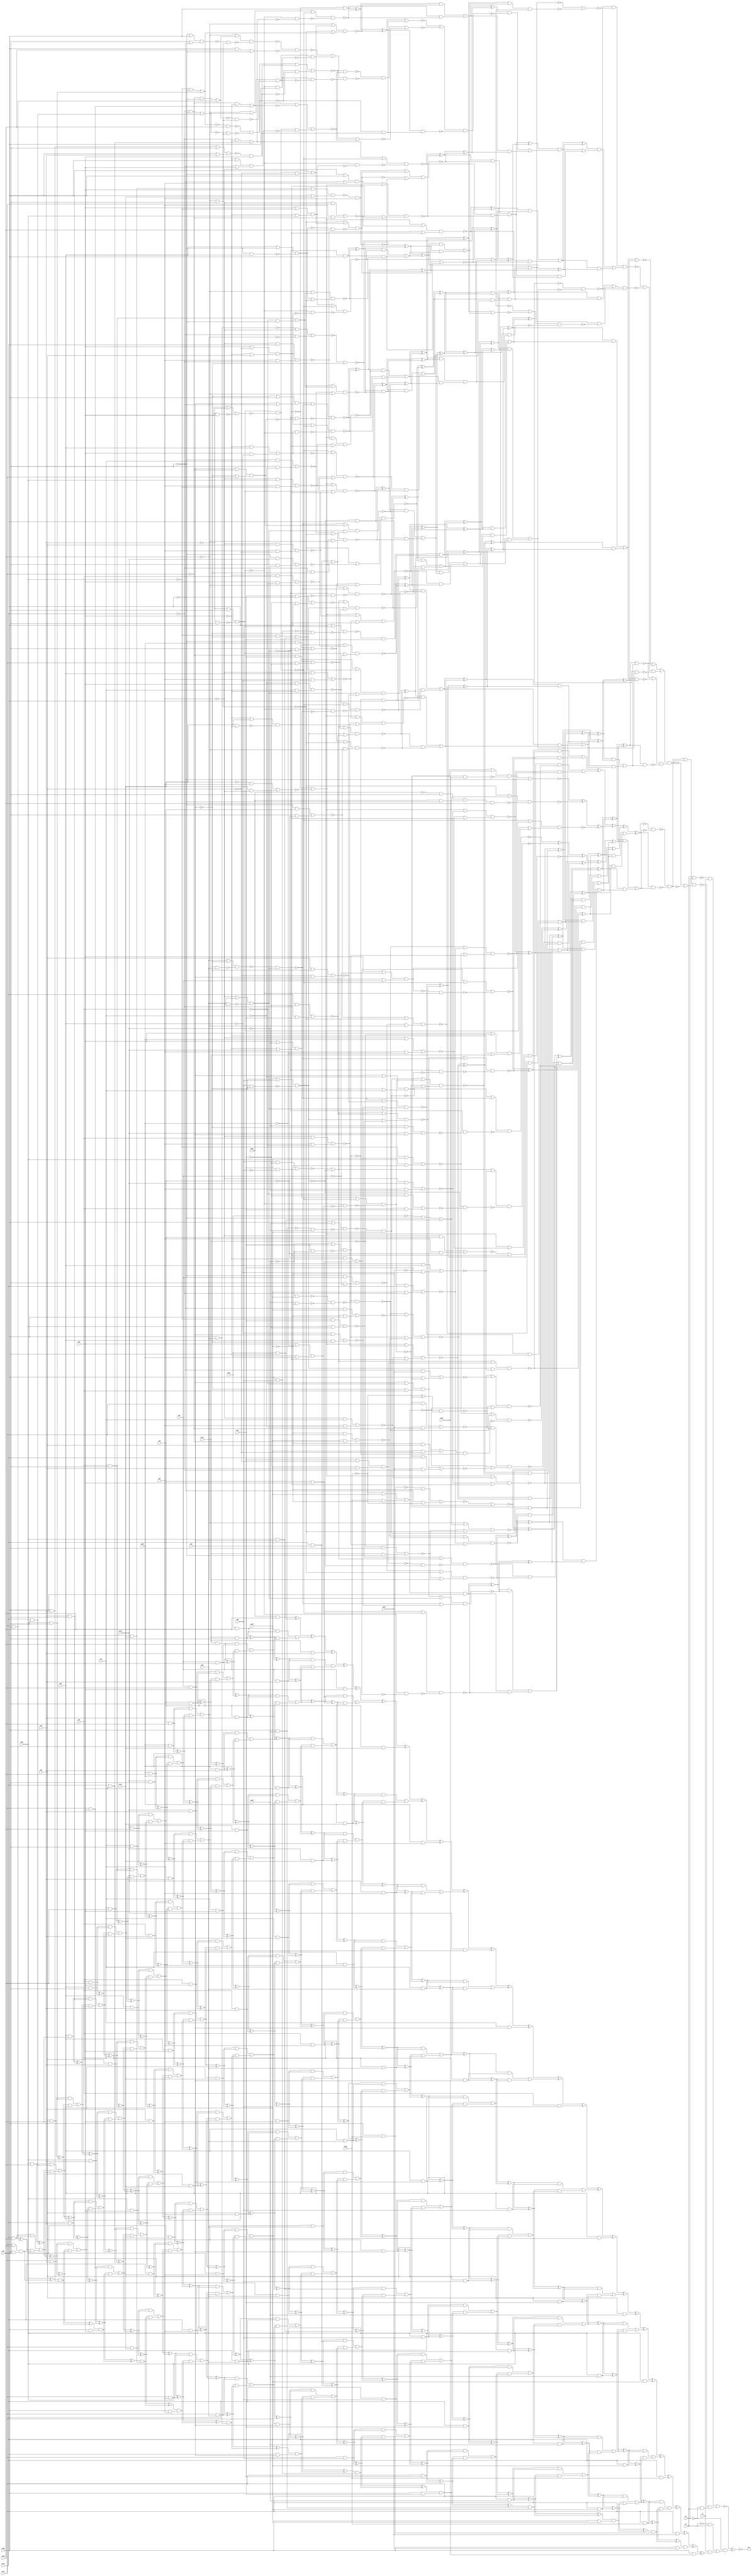
module top (out,n3,n4,n5,n26,n28,n35,n36,n45,n52
        ,n54,n60,n66,n72,n80,n82,n92,n98,n111,n119
        ,n125,n136,n140,n145,n152,n160,n164,n168,n173,n183
        ,n189,n194,n202,n212);
output out;
input n3;
input n4;
input n5;
input n26;
input n28;
input n35;
input n36;
input n45;
input n52;
input n54;
input n60;
input n66;
input n72;
input n80;
input n82;
input n92;
input n98;
input n111;
input n119;
input n125;
input n136;
input n140;
input n145;
input n152;
input n160;
input n164;
input n168;
input n173;
input n183;
input n189;
input n194;
input n202;
input n212;
wire n0;
wire n1;
wire n2;
wire n6;
wire n7;
wire n8;
wire n9;
wire n10;
wire n11;
wire n12;
wire n13;
wire n14;
wire n15;
wire n16;
wire n17;
wire n18;
wire n19;
wire n20;
wire n21;
wire n22;
wire n23;
wire n24;
wire n25;
wire n27;
wire n29;
wire n30;
wire n31;
wire n32;
wire n33;
wire n34;
wire n37;
wire n38;
wire n39;
wire n40;
wire n41;
wire n42;
wire n43;
wire n44;
wire n46;
wire n47;
wire n48;
wire n49;
wire n50;
wire n51;
wire n53;
wire n55;
wire n56;
wire n57;
wire n58;
wire n59;
wire n61;
wire n62;
wire n63;
wire n64;
wire n65;
wire n67;
wire n68;
wire n69;
wire n70;
wire n71;
wire n73;
wire n74;
wire n75;
wire n76;
wire n77;
wire n78;
wire n79;
wire n81;
wire n83;
wire n84;
wire n85;
wire n86;
wire n87;
wire n88;
wire n89;
wire n90;
wire n91;
wire n93;
wire n94;
wire n95;
wire n96;
wire n97;
wire n99;
wire n100;
wire n101;
wire n102;
wire n103;
wire n104;
wire n105;
wire n106;
wire n107;
wire n108;
wire n109;
wire n110;
wire n112;
wire n113;
wire n114;
wire n115;
wire n116;
wire n117;
wire n118;
wire n120;
wire n121;
wire n122;
wire n123;
wire n124;
wire n126;
wire n127;
wire n128;
wire n129;
wire n130;
wire n131;
wire n132;
wire n133;
wire n134;
wire n135;
wire n137;
wire n138;
wire n139;
wire n141;
wire n142;
wire n143;
wire n144;
wire n146;
wire n147;
wire n148;
wire n149;
wire n150;
wire n151;
wire n153;
wire n154;
wire n155;
wire n156;
wire n157;
wire n158;
wire n159;
wire n161;
wire n162;
wire n163;
wire n165;
wire n166;
wire n167;
wire n169;
wire n170;
wire n171;
wire n172;
wire n174;
wire n175;
wire n176;
wire n177;
wire n178;
wire n179;
wire n180;
wire n181;
wire n182;
wire n184;
wire n185;
wire n186;
wire n187;
wire n188;
wire n190;
wire n191;
wire n192;
wire n193;
wire n195;
wire n196;
wire n197;
wire n198;
wire n199;
wire n200;
wire n201;
wire n203;
wire n204;
wire n205;
wire n206;
wire n207;
wire n208;
wire n209;
wire n210;
wire n211;
wire n213;
wire n214;
wire n215;
wire n216;
wire n217;
wire n218;
wire n219;
wire n220;
wire n221;
wire n222;
wire n223;
wire n224;
wire n225;
wire n226;
wire n227;
wire n228;
wire n229;
wire n230;
wire n231;
wire n232;
wire n233;
wire n234;
wire n235;
wire n236;
wire n237;
wire n238;
wire n239;
wire n240;
wire n241;
wire n242;
wire n243;
wire n244;
wire n245;
wire n246;
wire n247;
wire n248;
wire n249;
wire n250;
wire n251;
wire n252;
wire n253;
wire n254;
wire n255;
wire n256;
wire n257;
wire n258;
wire n259;
wire n260;
wire n261;
wire n262;
wire n263;
wire n264;
wire n265;
wire n266;
wire n267;
wire n268;
wire n269;
wire n270;
wire n271;
wire n272;
wire n273;
wire n274;
wire n275;
wire n276;
wire n277;
wire n278;
wire n279;
wire n280;
wire n281;
wire n282;
wire n283;
wire n284;
wire n285;
wire n286;
wire n287;
wire n288;
wire n289;
wire n290;
wire n291;
wire n292;
wire n293;
wire n294;
wire n295;
wire n296;
wire n297;
wire n298;
wire n299;
wire n300;
wire n301;
wire n302;
wire n303;
wire n304;
wire n305;
wire n306;
wire n307;
wire n308;
wire n309;
wire n310;
wire n311;
wire n312;
wire n313;
wire n314;
wire n315;
wire n316;
wire n317;
wire n318;
wire n319;
wire n320;
wire n321;
wire n322;
wire n323;
wire n324;
wire n325;
wire n326;
wire n327;
wire n328;
wire n329;
wire n330;
wire n331;
wire n332;
wire n333;
wire n334;
wire n335;
wire n336;
wire n337;
wire n338;
wire n339;
wire n340;
wire n341;
wire n342;
wire n343;
wire n344;
wire n345;
wire n346;
wire n347;
wire n348;
wire n349;
wire n350;
wire n351;
wire n352;
wire n353;
wire n354;
wire n355;
wire n356;
wire n357;
wire n358;
wire n359;
wire n360;
wire n361;
wire n362;
wire n363;
wire n364;
wire n365;
wire n366;
wire n367;
wire n368;
wire n369;
wire n370;
wire n371;
wire n372;
wire n373;
wire n374;
wire n375;
wire n376;
wire n377;
wire n378;
wire n379;
wire n380;
wire n381;
wire n382;
wire n383;
wire n384;
wire n385;
wire n386;
wire n387;
wire n388;
wire n389;
wire n390;
wire n391;
wire n392;
wire n393;
wire n394;
wire n395;
wire n396;
wire n397;
wire n398;
wire n399;
wire n400;
wire n401;
wire n402;
wire n403;
wire n404;
wire n405;
wire n406;
wire n407;
wire n408;
wire n409;
wire n410;
wire n411;
wire n412;
wire n413;
wire n414;
wire n415;
wire n416;
wire n417;
wire n418;
wire n419;
wire n420;
wire n421;
wire n422;
wire n423;
wire n424;
wire n425;
wire n426;
wire n427;
wire n428;
wire n429;
wire n430;
wire n431;
wire n432;
wire n433;
wire n434;
wire n435;
wire n436;
wire n437;
wire n438;
wire n439;
wire n440;
wire n441;
wire n442;
wire n443;
wire n444;
wire n445;
wire n446;
wire n447;
wire n448;
wire n449;
wire n450;
wire n451;
wire n452;
wire n453;
wire n454;
wire n455;
wire n456;
wire n457;
wire n458;
wire n459;
wire n460;
wire n461;
wire n462;
wire n463;
wire n464;
wire n465;
wire n466;
wire n467;
wire n468;
wire n469;
wire n470;
wire n471;
wire n472;
wire n473;
wire n474;
wire n475;
wire n476;
wire n477;
wire n478;
wire n479;
wire n480;
wire n481;
wire n482;
wire n483;
wire n484;
wire n485;
wire n486;
wire n487;
wire n488;
wire n489;
wire n490;
wire n491;
wire n492;
wire n493;
wire n494;
wire n495;
wire n496;
wire n497;
wire n498;
wire n499;
wire n500;
wire n501;
wire n502;
wire n503;
wire n504;
wire n505;
wire n506;
wire n507;
wire n508;
wire n509;
wire n510;
wire n511;
wire n512;
wire n513;
wire n514;
wire n515;
wire n516;
wire n517;
wire n518;
wire n519;
wire n520;
wire n521;
wire n522;
wire n523;
wire n524;
wire n525;
wire n526;
wire n527;
wire n528;
wire n529;
wire n530;
wire n531;
wire n532;
wire n533;
wire n534;
wire n535;
wire n536;
wire n537;
wire n538;
wire n539;
wire n540;
wire n541;
wire n542;
wire n543;
wire n544;
wire n545;
wire n546;
wire n547;
wire n548;
wire n549;
wire n550;
wire n551;
wire n552;
wire n553;
wire n554;
wire n555;
wire n556;
wire n557;
wire n558;
wire n559;
wire n560;
wire n561;
wire n562;
wire n563;
wire n564;
wire n565;
wire n566;
wire n567;
wire n568;
wire n569;
wire n570;
wire n571;
wire n572;
wire n573;
wire n574;
wire n575;
wire n576;
wire n577;
wire n578;
wire n579;
wire n580;
wire n581;
wire n582;
wire n583;
wire n584;
wire n585;
wire n586;
wire n587;
wire n588;
wire n589;
wire n590;
wire n591;
wire n592;
wire n593;
wire n594;
wire n595;
wire n596;
wire n597;
wire n598;
wire n599;
wire n600;
wire n601;
wire n602;
wire n603;
wire n604;
wire n605;
wire n606;
wire n607;
wire n608;
wire n609;
wire n610;
wire n611;
wire n612;
wire n613;
wire n614;
wire n615;
wire n616;
wire n617;
wire n618;
wire n619;
wire n620;
wire n621;
wire n622;
wire n623;
wire n624;
wire n625;
wire n626;
wire n627;
wire n628;
wire n629;
wire n630;
wire n631;
wire n632;
wire n633;
wire n634;
wire n635;
wire n636;
wire n637;
wire n638;
wire n639;
wire n640;
wire n641;
wire n642;
wire n643;
wire n644;
wire n645;
wire n646;
wire n647;
wire n648;
wire n649;
wire n650;
wire n651;
wire n652;
wire n653;
wire n654;
wire n655;
wire n656;
wire n657;
wire n658;
wire n659;
wire n660;
wire n661;
wire n662;
wire n663;
wire n664;
wire n665;
wire n666;
wire n667;
wire n668;
wire n669;
wire n670;
wire n671;
wire n672;
wire n673;
wire n674;
wire n675;
wire n676;
wire n677;
wire n678;
wire n679;
wire n680;
wire n681;
wire n682;
wire n683;
wire n684;
wire n685;
wire n686;
wire n687;
wire n688;
wire n689;
wire n690;
wire n691;
wire n692;
wire n693;
wire n694;
wire n695;
wire n696;
wire n697;
wire n698;
wire n699;
wire n700;
wire n701;
wire n702;
wire n703;
wire n704;
wire n705;
wire n706;
wire n707;
wire n708;
wire n709;
wire n710;
wire n711;
wire n712;
wire n713;
wire n714;
wire n715;
wire n716;
wire n717;
wire n718;
wire n719;
wire n720;
wire n721;
wire n722;
wire n723;
wire n724;
wire n725;
wire n726;
wire n727;
wire n728;
wire n729;
wire n730;
wire n731;
wire n732;
wire n733;
wire n734;
wire n735;
wire n736;
wire n737;
wire n738;
wire n739;
wire n740;
wire n741;
wire n742;
wire n743;
wire n744;
wire n745;
wire n746;
wire n747;
wire n748;
wire n749;
wire n750;
wire n751;
wire n752;
wire n753;
wire n754;
wire n755;
wire n756;
wire n757;
wire n758;
wire n759;
wire n760;
wire n761;
wire n762;
wire n763;
wire n764;
wire n765;
wire n766;
wire n767;
wire n768;
wire n769;
wire n770;
wire n771;
wire n772;
wire n773;
wire n774;
wire n775;
wire n776;
wire n777;
wire n778;
wire n779;
wire n780;
wire n781;
wire n782;
wire n783;
wire n784;
wire n785;
wire n786;
wire n787;
wire n788;
wire n789;
wire n790;
wire n791;
wire n792;
wire n793;
wire n794;
wire n795;
wire n796;
wire n797;
wire n798;
wire n799;
wire n800;
wire n801;
wire n802;
wire n803;
wire n804;
wire n805;
wire n806;
wire n807;
wire n808;
wire n809;
wire n810;
wire n811;
wire n812;
wire n813;
wire n814;
wire n815;
wire n816;
wire n817;
wire n818;
wire n819;
wire n820;
wire n821;
wire n822;
wire n823;
wire n824;
wire n825;
wire n826;
wire n827;
wire n828;
wire n829;
wire n830;
wire n831;
wire n832;
wire n833;
wire n834;
wire n835;
wire n836;
wire n837;
wire n838;
wire n839;
wire n840;
wire n841;
wire n842;
wire n843;
wire n844;
wire n845;
wire n846;
wire n847;
wire n848;
wire n849;
wire n850;
wire n851;
wire n852;
wire n853;
wire n854;
wire n855;
wire n856;
wire n857;
wire n858;
wire n859;
wire n860;
wire n861;
wire n862;
wire n863;
wire n864;
wire n865;
wire n866;
wire n867;
wire n868;
wire n869;
wire n870;
wire n871;
wire n872;
wire n873;
wire n874;
wire n875;
wire n876;
wire n877;
wire n878;
wire n879;
wire n880;
wire n881;
wire n882;
wire n883;
wire n884;
wire n885;
wire n886;
wire n887;
wire n888;
wire n889;
wire n890;
wire n891;
wire n892;
wire n893;
wire n894;
wire n895;
wire n896;
wire n897;
wire n898;
wire n899;
wire n900;
wire n901;
wire n902;
wire n903;
wire n904;
wire n905;
wire n906;
wire n907;
wire n908;
wire n909;
wire n910;
wire n911;
wire n912;
wire n913;
wire n914;
wire n915;
wire n916;
wire n917;
wire n918;
wire n919;
wire n920;
wire n921;
wire n922;
wire n923;
wire n924;
wire n925;
wire n926;
wire n927;
wire n928;
wire n929;
wire n930;
wire n931;
wire n932;
wire n933;
wire n934;
wire n935;
wire n936;
wire n937;
wire n938;
wire n939;
wire n940;
wire n941;
wire n942;
wire n943;
wire n944;
wire n945;
wire n946;
wire n947;
wire n948;
wire n949;
wire n950;
wire n951;
wire n952;
wire n953;
wire n954;
wire n955;
wire n956;
wire n957;
wire n958;
wire n959;
wire n960;
wire n961;
wire n962;
wire n963;
wire n964;
wire n965;
wire n966;
wire n967;
wire n968;
wire n969;
wire n970;
wire n971;
wire n972;
wire n973;
wire n974;
wire n975;
wire n976;
wire n977;
wire n978;
wire n979;
wire n980;
wire n981;
wire n982;
wire n983;
wire n984;
wire n985;
wire n986;
wire n987;
wire n988;
wire n989;
wire n990;
wire n991;
wire n992;
wire n993;
wire n994;
wire n995;
wire n996;
wire n997;
wire n998;
wire n999;
wire n1000;
wire n1001;
wire n1002;
wire n1003;
wire n1004;
wire n1005;
wire n1006;
wire n1007;
wire n1008;
wire n1009;
wire n1010;
wire n1011;
wire n1012;
wire n1013;
wire n1014;
wire n1015;
wire n1016;
wire n1017;
wire n1018;
wire n1019;
wire n1020;
wire n1021;
wire n1022;
wire n1023;
wire n1024;
wire n1025;
wire n1026;
wire n1027;
wire n1028;
wire n1029;
wire n1030;
wire n1031;
wire n1032;
wire n1033;
wire n1034;
wire n1035;
wire n1036;
wire n1037;
wire n1038;
wire n1039;
wire n1040;
wire n1041;
wire n1042;
wire n1043;
wire n1044;
wire n1045;
wire n1046;
wire n1047;
wire n1048;
wire n1049;
wire n1050;
wire n1051;
wire n1052;
wire n1053;
wire n1054;
wire n1055;
wire n1056;
wire n1057;
wire n1058;
wire n1059;
wire n1060;
wire n1061;
wire n1062;
wire n1063;
wire n1064;
wire n1065;
wire n1066;
wire n1067;
wire n1068;
wire n1069;
wire n1070;
wire n1071;
wire n1072;
wire n1073;
wire n1074;
wire n1075;
wire n1076;
wire n1077;
wire n1078;
wire n1079;
wire n1080;
wire n1081;
wire n1082;
wire n1083;
wire n1084;
wire n1085;
wire n1086;
wire n1087;
wire n1088;
wire n1089;
wire n1090;
wire n1091;
wire n1092;
wire n1093;
wire n1094;
wire n1095;
wire n1096;
wire n1097;
wire n1098;
wire n1099;
wire n1100;
wire n1101;
wire n1102;
wire n1103;
wire n1104;
wire n1105;
wire n1106;
wire n1107;
wire n1108;
wire n1109;
wire n1110;
wire n1111;
wire n1112;
wire n1113;
wire n1114;
wire n1115;
wire n1116;
wire n1117;
wire n1118;
wire n1119;
wire n1120;
wire n1121;
wire n1122;
wire n1123;
wire n1124;
wire n1125;
wire n1126;
wire n1127;
wire n1128;
wire n1129;
wire n1130;
wire n1131;
wire n1132;
wire n1133;
wire n1134;
wire n1135;
wire n1136;
wire n1137;
wire n1138;
wire n1139;
wire n1140;
wire n1141;
wire n1142;
wire n1143;
wire n1144;
wire n1145;
wire n1146;
wire n1147;
wire n1148;
wire n1149;
wire n1150;
wire n1151;
wire n1152;
wire n1153;
wire n1154;
wire n1155;
wire n1156;
wire n1157;
wire n1158;
wire n1159;
wire n1160;
wire n1161;
wire n1162;
wire n1163;
wire n1164;
wire n1165;
wire n1166;
wire n1167;
wire n1168;
wire n1169;
wire n1170;
wire n1171;
wire n1172;
wire n1173;
wire n1174;
wire n1175;
wire n1176;
wire n1177;
wire n1178;
wire n1179;
wire n1180;
wire n1181;
wire n1182;
wire n1183;
wire n1184;
wire n1185;
wire n1186;
wire n1187;
wire n1188;
wire n1189;
wire n1190;
wire n1191;
wire n1192;
wire n1193;
wire n1194;
wire n1195;
wire n1196;
wire n1197;
wire n1198;
wire n1199;
wire n1200;
wire n1201;
wire n1202;
wire n1203;
wire n1204;
wire n1205;
wire n1206;
wire n1207;
wire n1208;
wire n1209;
wire n1210;
wire n1211;
wire n1212;
wire n1213;
wire n1214;
wire n1215;
wire n1216;
wire n1217;
wire n1218;
wire n1219;
wire n1220;
wire n1221;
wire n1222;
wire n1223;
wire n1224;
wire n1225;
wire n1226;
wire n1227;
wire n1228;
wire n1229;
wire n1230;
wire n1231;
wire n1232;
wire n1233;
wire n1234;
wire n1235;
wire n1236;
wire n1237;
wire n1238;
wire n1239;
wire n1240;
wire n1241;
wire n1242;
wire n1243;
wire n1244;
wire n1245;
wire n1246;
wire n1247;
wire n1248;
wire n1249;
wire n1250;
wire n1251;
wire n1252;
wire n1253;
wire n1254;
wire n1255;
wire n1256;
wire n1257;
wire n1258;
wire n1259;
wire n1260;
wire n1261;
wire n1262;
wire n1263;
wire n1264;
wire n1265;
wire n1266;
wire n1267;
wire n1268;
wire n1269;
wire n1270;
wire n1271;
wire n1272;
wire n1273;
wire n1274;
wire n1275;
wire n1276;
wire n1277;
wire n1278;
wire n1279;
wire n1280;
wire n1281;
wire n1282;
wire n1283;
wire n1284;
wire n1285;
wire n1286;
wire n1287;
wire n1288;
wire n1289;
wire n1290;
wire n1291;
wire n1292;
wire n1293;
wire n1294;
wire n1295;
wire n1296;
wire n1297;
wire n1298;
wire n1299;
wire n1300;
wire n1301;
wire n1302;
wire n1303;
wire n1304;
wire n1305;
wire n1306;
wire n1307;
wire n1308;
wire n1309;
wire n1310;
wire n1311;
wire n1312;
wire n1313;
wire n1314;
wire n1315;
wire n1316;
wire n1317;
wire n1318;
wire n1319;
wire n1320;
wire n1321;
wire n1322;
wire n1323;
wire n1324;
wire n1325;
wire n1326;
wire n1327;
wire n1328;
wire n1329;
wire n1330;
wire n1331;
wire n1332;
wire n1333;
wire n1334;
wire n1335;
wire n1336;
wire n1337;
wire n1338;
wire n1339;
wire n1340;
wire n1341;
wire n1342;
wire n1343;
wire n1344;
wire n1345;
wire n1346;
xnor (out,n0,n811);
nor (n0,n1,n6);
and (n1,n2,n5);
nor (n2,n3,n4);
and (n6,n7,n808);
nand (n7,n8,n807);
or (n8,n9,n397);
not (n9,n10);
nand (n10,n11,n396);
nand (n11,n12,n363);
not (n12,n13);
xor (n13,n14,n310);
xor (n14,n15,n214);
xor (n15,n16,n177);
xor (n16,n17,n102);
or (n17,n18,n101);
and (n18,n19,n74);
xor (n19,n20,n47);
nand (n20,n21,n41);
or (n21,n22,n30);
not (n22,n23);
nor (n23,n24,n29);
and (n24,n25,n27);
not (n25,n26);
not (n27,n28);
and (n29,n26,n28);
nand (n30,n31,n38);
not (n31,n32);
nand (n32,n33,n37);
or (n33,n34,n36);
not (n34,n35);
nand (n37,n34,n36);
nand (n38,n39,n40);
or (n39,n28,n34);
nand (n40,n34,n28);
nand (n41,n42,n32);
nand (n42,n43,n46);
or (n43,n28,n44);
not (n44,n45);
or (n46,n27,n45);
nand (n47,n48,n68);
or (n48,n49,n57);
not (n49,n50);
nand (n50,n51,n55);
or (n51,n52,n53);
not (n53,n54);
or (n55,n56,n54);
not (n56,n52);
nand (n57,n58,n62);
nand (n58,n59,n61);
or (n59,n60,n56);
nand (n61,n56,n60);
not (n62,n63);
nand (n63,n64,n67);
or (n64,n65,n60);
not (n65,n66);
nand (n67,n60,n65);
nand (n68,n63,n69);
nand (n69,n70,n73);
or (n70,n52,n71);
not (n71,n72);
or (n73,n56,n72);
nand (n74,n75,n94);
or (n75,n76,n88);
not (n76,n77);
nor (n77,n78,n85);
nor (n78,n79,n83);
and (n79,n80,n81);
not (n81,n82);
and (n83,n82,n84);
not (n84,n80);
nand (n85,n86,n87);
or (n86,n56,n80);
nand (n87,n80,n56);
not (n88,n89);
nand (n89,n90,n93);
or (n90,n82,n91);
not (n91,n92);
or (n93,n81,n92);
or (n94,n95,n96);
not (n95,n85);
nor (n96,n97,n99);
and (n97,n81,n98);
and (n99,n82,n100);
not (n100,n98);
and (n101,n20,n47);
or (n102,n103,n176);
and (n103,n104,n154);
xor (n104,n105,n129);
nand (n105,n106,n122);
or (n106,n107,n117);
not (n107,n108);
nor (n108,n109,n113);
nand (n109,n110,n112);
or (n110,n27,n111);
nand (n112,n111,n27);
nor (n113,n114,n116);
and (n114,n115,n66);
not (n115,n111);
and (n116,n111,n65);
nor (n117,n118,n120);
and (n118,n65,n119);
and (n120,n66,n121);
not (n121,n119);
or (n122,n123,n128);
nor (n123,n124,n126);
and (n124,n65,n125);
and (n126,n66,n127);
not (n127,n125);
not (n128,n109);
nand (n129,n130,n148);
or (n130,n131,n143);
nand (n131,n132,n138);
not (n132,n133);
nand (n133,n134,n137);
or (n134,n135,n82);
not (n135,n136);
nand (n137,n82,n135);
nand (n138,n139,n141);
nand (n139,n135,n140);
nand (n141,n136,n142);
not (n142,n140);
nor (n143,n144,n146);
and (n144,n142,n145);
and (n146,n140,n147);
not (n147,n145);
or (n148,n149,n132);
nor (n149,n150,n153);
and (n150,n151,n140);
not (n151,n152);
and (n153,n152,n142);
nand (n154,n155,n170);
or (n155,n156,n165);
nand (n156,n157,n162);
nor (n157,n158,n161);
and (n158,n159,n140);
not (n159,n160);
and (n161,n160,n142);
xor (n162,n159,n163);
not (n163,n164);
nor (n165,n166,n169);
and (n166,n167,n164);
not (n167,n168);
and (n169,n168,n163);
or (n170,n171,n157);
nor (n171,n172,n174);
and (n172,n163,n173);
and (n174,n164,n175);
not (n175,n173);
and (n176,n105,n129);
xor (n177,n178,n204);
xor (n178,n179,n185);
nor (n179,n180,n167);
not (n180,n181);
nand (n181,n182,n184);
or (n182,n163,n183);
nand (n184,n163,n183);
nand (n185,n186,n197);
or (n186,n187,n190);
nand (n187,n188,n36);
not (n188,n189);
not (n190,n191);
nor (n191,n192,n196);
and (n192,n193,n195);
not (n193,n194);
not (n195,n36);
and (n196,n194,n36);
nand (n197,n198,n189);
not (n198,n199);
nor (n199,n200,n203);
and (n200,n201,n36);
not (n201,n202);
and (n203,n202,n195);
nand (n204,n205,n207);
or (n205,n30,n206);
not (n206,n42);
or (n207,n31,n208);
not (n208,n209);
nand (n209,n210,n213);
or (n210,n28,n211);
not (n211,n212);
or (n213,n27,n212);
xor (n214,n215,n264);
xor (n215,n216,n237);
xor (n216,n217,n231);
xor (n217,n218,n225);
nand (n218,n219,n221);
or (n219,n220,n57);
not (n220,n69);
nand (n221,n63,n222);
nor (n222,n223,n224);
and (n223,n121,n56);
and (n224,n119,n52);
nand (n225,n226,n227);
or (n226,n76,n96);
nand (n227,n85,n228);
nor (n228,n229,n230);
and (n229,n53,n81);
and (n230,n54,n82);
nand (n231,n232,n233);
or (n232,n107,n123);
or (n233,n234,n128);
nor (n234,n235,n236);
and (n235,n65,n26);
and (n236,n66,n25);
xor (n237,n238,n252);
xor (n238,n239,n246);
nand (n239,n240,n241);
or (n240,n149,n131);
nand (n241,n242,n133);
not (n242,n243);
nor (n243,n244,n245);
and (n244,n142,n92);
and (n245,n140,n91);
nand (n246,n247,n248);
or (n247,n171,n156);
or (n248,n157,n249);
nor (n249,n250,n251);
and (n250,n163,n145);
and (n251,n164,n147);
and (n252,n253,n258);
nor (n253,n254,n163);
nor (n254,n255,n257);
and (n255,n256,n142);
nand (n256,n168,n160);
and (n257,n167,n159);
nand (n258,n259,n260);
or (n259,n188,n190);
or (n260,n261,n187);
nor (n261,n262,n263);
and (n262,n211,n36);
and (n263,n212,n195);
or (n264,n265,n309);
and (n265,n266,n287);
xor (n266,n267,n268);
xor (n267,n253,n258);
or (n268,n269,n286);
and (n269,n270,n280);
xor (n270,n271,n273);
and (n271,n272,n168);
not (n272,n157);
nand (n273,n274,n279);
or (n274,n275,n30);
not (n275,n276);
nand (n276,n277,n278);
or (n277,n28,n127);
or (n278,n27,n125);
nand (n279,n32,n23);
nand (n280,n281,n282);
or (n281,n49,n62);
or (n282,n57,n283);
nor (n283,n284,n285);
and (n284,n100,n52);
and (n285,n98,n56);
and (n286,n271,n273);
or (n287,n288,n308);
and (n288,n289,n302);
xor (n289,n290,n296);
nand (n290,n291,n295);
or (n291,n292,n76);
nor (n292,n293,n294);
and (n293,n151,n82);
and (n294,n152,n81);
nand (n295,n89,n85);
nand (n296,n297,n301);
or (n297,n298,n187);
nor (n298,n299,n300);
and (n299,n195,n45);
and (n300,n36,n44);
or (n301,n261,n188);
nand (n302,n303,n307);
or (n303,n304,n131);
nor (n304,n305,n306);
and (n305,n142,n173);
and (n306,n140,n175);
or (n307,n143,n132);
and (n308,n290,n296);
and (n309,n267,n268);
or (n310,n311,n362);
and (n311,n312,n315);
xor (n312,n313,n314);
xor (n313,n104,n154);
xor (n314,n19,n74);
or (n315,n316,n361);
and (n316,n317,n339);
xor (n317,n318,n324);
nand (n318,n319,n323);
or (n319,n107,n320);
nor (n320,n321,n322);
and (n321,n65,n72);
and (n322,n66,n71);
or (n323,n117,n128);
and (n324,n325,n332);
nand (n325,n326,n331);
or (n326,n327,n30);
not (n327,n328);
nand (n328,n329,n330);
or (n329,n28,n121);
or (n330,n27,n119);
nand (n331,n32,n276);
not (n332,n333);
nand (n333,n334,n140);
nand (n334,n335,n336);
or (n335,n168,n136);
nand (n336,n337,n81);
not (n337,n338);
and (n338,n168,n136);
or (n339,n340,n360);
and (n340,n341,n354);
xor (n341,n342,n348);
nand (n342,n343,n347);
or (n343,n57,n344);
nor (n344,n345,n346);
and (n345,n92,n56);
and (n346,n91,n52);
or (n347,n283,n62);
nand (n348,n349,n353);
or (n349,n76,n350);
nor (n350,n351,n352);
and (n351,n145,n81);
and (n352,n147,n82);
or (n353,n95,n292);
nand (n354,n355,n359);
or (n355,n356,n187);
nor (n356,n357,n358);
and (n357,n195,n26);
and (n358,n36,n25);
or (n359,n298,n188);
and (n360,n342,n348);
and (n361,n318,n324);
and (n362,n313,n314);
not (n363,n364);
or (n364,n365,n395);
and (n365,n366,n394);
xor (n366,n367,n368);
xor (n367,n266,n287);
or (n368,n369,n393);
and (n369,n370,n373);
xor (n370,n371,n372);
xor (n371,n289,n302);
xor (n372,n270,n280);
or (n373,n374,n392);
and (n374,n375,n388);
xor (n375,n376,n382);
nand (n376,n377,n381);
or (n377,n131,n378);
nor (n378,n379,n380);
and (n379,n167,n140);
and (n380,n142,n168);
or (n381,n132,n304);
nand (n382,n383,n387);
or (n383,n107,n384);
nor (n384,n385,n386);
and (n385,n65,n54);
and (n386,n66,n53);
or (n387,n320,n128);
nand (n388,n389,n391);
or (n389,n332,n390);
not (n390,n325);
or (n391,n325,n333);
and (n392,n376,n382);
and (n393,n371,n372);
xor (n394,n312,n315);
and (n395,n367,n368);
nand (n396,n13,n364);
not (n397,n398);
nand (n398,n399,n802);
or (n399,n400,n504);
not (n400,n401);
nor (n401,n402,n455);
nor (n402,n403,n404);
xor (n403,n366,n394);
or (n404,n405,n454);
and (n405,n406,n453);
xor (n406,n407,n408);
xor (n407,n317,n339);
or (n408,n409,n452);
and (n409,n410,n451);
xor (n410,n411,n429);
or (n411,n412,n428);
and (n412,n413,n421);
xor (n413,n414,n415);
and (n414,n133,n168);
nand (n415,n416,n420);
or (n416,n417,n30);
nor (n417,n418,n419);
and (n418,n71,n28);
and (n419,n72,n27);
nand (n420,n32,n328);
nand (n421,n422,n427);
or (n422,n57,n423);
not (n423,n424);
nor (n424,n425,n426);
and (n425,n151,n56);
and (n426,n152,n52);
or (n427,n62,n344);
and (n428,n414,n415);
or (n429,n430,n450);
and (n430,n431,n444);
xor (n431,n432,n438);
nand (n432,n433,n437);
or (n433,n76,n434);
nor (n434,n435,n436);
and (n435,n175,n82);
and (n436,n173,n81);
or (n437,n95,n350);
nand (n438,n439,n443);
or (n439,n440,n187);
nor (n440,n441,n442);
and (n441,n195,n125);
and (n442,n36,n127);
or (n443,n356,n188);
nand (n444,n445,n449);
or (n445,n107,n446);
nor (n446,n447,n448);
and (n447,n65,n98);
and (n448,n66,n100);
or (n449,n384,n128);
and (n450,n432,n438);
xor (n451,n341,n354);
and (n452,n411,n429);
xor (n453,n370,n373);
and (n454,n407,n408);
nor (n455,n456,n503);
or (n456,n457,n502);
and (n457,n458,n461);
xor (n458,n459,n460);
xor (n459,n375,n388);
xor (n460,n410,n451);
or (n461,n462,n501);
and (n462,n463,n500);
xor (n463,n464,n477);
and (n464,n465,n471);
and (n465,n466,n82);
nand (n466,n467,n468);
or (n467,n168,n80);
nand (n468,n469,n56);
not (n469,n470);
and (n470,n168,n80);
nand (n471,n472,n476);
or (n472,n30,n473);
nor (n473,n474,n475);
and (n474,n27,n54);
and (n475,n28,n53);
or (n476,n31,n417);
or (n477,n478,n499);
and (n478,n479,n493);
xor (n479,n480,n487);
nand (n480,n481,n486);
or (n481,n482,n57);
not (n482,n483);
nor (n483,n484,n485);
and (n484,n145,n52);
and (n485,n147,n56);
nand (n486,n63,n424);
nand (n487,n488,n492);
or (n488,n76,n489);
nor (n489,n490,n491);
and (n490,n82,n167);
and (n491,n81,n168);
or (n492,n95,n434);
nand (n493,n494,n498);
or (n494,n187,n495);
nor (n495,n496,n497);
and (n496,n195,n119);
and (n497,n36,n121);
or (n498,n440,n188);
and (n499,n480,n487);
xor (n500,n413,n421);
and (n501,n464,n477);
and (n502,n459,n460);
xor (n503,n406,n453);
not (n504,n505);
nand (n505,n506,n791,n801);
nand (n506,n507,n546,n650);
nand (n507,n508,n510);
not (n508,n509);
xor (n509,n458,n461);
not (n510,n511);
or (n511,n512,n545);
and (n512,n513,n544);
xor (n513,n514,n515);
xor (n514,n431,n444);
or (n515,n516,n543);
and (n516,n517,n525);
xor (n517,n518,n524);
nand (n518,n519,n523);
or (n519,n107,n520);
nor (n520,n521,n522);
and (n521,n65,n92);
and (n522,n66,n91);
or (n523,n446,n128);
xor (n524,n465,n471);
or (n525,n526,n542);
and (n526,n527,n535);
xor (n527,n528,n529);
and (n528,n85,n168);
nand (n529,n530,n534);
or (n530,n531,n187);
nor (n531,n532,n533);
and (n532,n195,n72);
and (n533,n36,n71);
or (n534,n495,n188);
nand (n535,n536,n541);
or (n536,n57,n537);
not (n537,n538);
nand (n538,n539,n540);
or (n539,n52,n175);
or (n540,n56,n173);
or (n541,n62,n482);
and (n542,n528,n529);
and (n543,n518,n524);
xor (n544,n463,n500);
and (n545,n514,n515);
nor (n546,n547,n587);
not (n547,n548);
or (n548,n549,n550);
xor (n549,n513,n544);
or (n550,n551,n586);
and (n551,n552,n585);
xor (n552,n553,n554);
xor (n553,n479,n493);
or (n554,n555,n584);
and (n555,n556,n569);
xor (n556,n557,n563);
nand (n557,n558,n562);
or (n558,n30,n559);
nor (n559,n560,n561);
and (n560,n27,n98);
and (n561,n28,n100);
or (n562,n31,n473);
nand (n563,n564,n568);
or (n564,n107,n565);
nor (n565,n566,n567);
and (n566,n65,n152);
and (n567,n66,n151);
or (n568,n520,n128);
and (n569,n570,n577);
nor (n570,n571,n56);
nor (n571,n572,n575);
and (n572,n573,n65);
not (n573,n574);
and (n574,n168,n60);
and (n575,n167,n576);
not (n576,n60);
nand (n577,n578,n583);
or (n578,n187,n579);
not (n579,n580);
nor (n580,n581,n582);
and (n581,n54,n36);
and (n582,n53,n195);
or (n583,n531,n188);
and (n584,n557,n563);
xor (n585,n517,n525);
and (n586,n553,n554);
nand (n587,n588,n644);
not (n588,n589);
nor (n589,n590,n619);
xor (n590,n591,n618);
xor (n591,n592,n617);
or (n592,n593,n616);
and (n593,n594,n610);
xor (n594,n595,n602);
nand (n595,n596,n601);
or (n596,n597,n57);
not (n597,n598);
nand (n598,n599,n600);
or (n599,n56,n168);
or (n600,n52,n167);
nand (n601,n63,n538);
nand (n602,n603,n608);
or (n603,n604,n30);
not (n604,n605);
nand (n605,n606,n607);
or (n606,n28,n91);
or (n607,n27,n92);
nand (n608,n609,n32);
not (n609,n559);
nand (n610,n611,n615);
or (n611,n107,n612);
nor (n612,n613,n614);
and (n613,n65,n145);
and (n614,n66,n147);
or (n615,n565,n128);
and (n616,n595,n602);
xor (n617,n527,n535);
xor (n618,n556,n569);
or (n619,n620,n643);
and (n620,n621,n642);
xor (n621,n622,n623);
xor (n622,n570,n577);
or (n623,n624,n641);
and (n624,n625,n634);
xor (n625,n626,n627);
and (n626,n63,n168);
nand (n627,n628,n629);
or (n628,n188,n579);
or (n629,n630,n187);
not (n630,n631);
nand (n631,n632,n633);
or (n632,n98,n195);
nand (n633,n195,n98);
nand (n634,n635,n640);
or (n635,n636,n30);
not (n636,n637);
nand (n637,n638,n639);
or (n638,n28,n151);
or (n639,n27,n152);
nand (n640,n32,n605);
and (n641,n626,n627);
xor (n642,n594,n610);
and (n643,n622,n623);
not (n644,n645);
nor (n645,n646,n647);
xor (n646,n552,n585);
or (n647,n648,n649);
and (n648,n591,n618);
and (n649,n592,n617);
or (n650,n651,n790);
and (n651,n652,n679);
xor (n652,n653,n678);
or (n653,n654,n677);
and (n654,n655,n676);
xor (n655,n656,n662);
nand (n656,n657,n661);
or (n657,n107,n658);
nor (n658,n659,n660);
and (n659,n65,n173);
and (n660,n66,n175);
or (n661,n612,n128);
nor (n662,n663,n671);
not (n663,n664);
nand (n664,n665,n670);
or (n665,n187,n666);
not (n666,n667);
nor (n667,n668,n669);
and (n668,n92,n36);
and (n669,n91,n195);
nand (n670,n631,n189);
nand (n671,n672,n66);
nand (n672,n673,n675);
or (n673,n674,n28);
and (n674,n168,n111);
or (n675,n168,n111);
xor (n676,n625,n634);
and (n677,n656,n662);
xor (n678,n621,n642);
or (n679,n680,n789);
and (n680,n681,n705);
xor (n681,n682,n704);
or (n682,n683,n703);
and (n683,n684,n699);
xor (n684,n685,n692);
nand (n685,n686,n691);
or (n686,n687,n30);
not (n687,n688);
nor (n688,n689,n690);
and (n689,n147,n27);
and (n690,n145,n28);
nand (n691,n32,n637);
nand (n692,n693,n698);
or (n693,n694,n107);
not (n694,n695);
nand (n695,n696,n697);
or (n696,n65,n168);
or (n697,n167,n66);
or (n698,n658,n128);
nand (n699,n700,n702);
or (n700,n701,n663);
not (n701,n671);
or (n702,n664,n671);
and (n703,n685,n692);
xor (n704,n655,n676);
or (n705,n706,n788);
and (n706,n707,n728);
xor (n707,n708,n727);
or (n708,n709,n726);
and (n709,n710,n719);
xor (n710,n711,n712);
and (n711,n109,n168);
nand (n712,n713,n718);
or (n713,n714,n30);
not (n714,n715);
nor (n715,n716,n717);
and (n716,n175,n27);
and (n717,n173,n28);
nand (n718,n32,n688);
nand (n719,n720,n721);
or (n720,n188,n666);
or (n721,n187,n722);
not (n722,n723);
nor (n723,n724,n725);
and (n724,n151,n195);
and (n725,n152,n36);
and (n726,n711,n712);
xor (n727,n684,n699);
nand (n728,n729,n787);
or (n729,n730,n746);
nor (n730,n731,n732);
xor (n731,n710,n719);
and (n732,n733,n740);
nand (n733,n734,n735);
nand (n734,n723,n189);
nand (n735,n736,n739);
nor (n736,n737,n738);
and (n737,n147,n195);
and (n738,n145,n36);
not (n739,n187);
not (n740,n741);
nand (n741,n742,n28);
nand (n742,n743,n745);
or (n743,n744,n36);
and (n744,n168,n35);
or (n745,n168,n35);
nor (n746,n747,n786);
and (n747,n748,n760);
nand (n748,n749,n753);
nor (n749,n750,n752);
and (n750,n751,n740);
not (n751,n733);
and (n752,n733,n741);
nor (n753,n754,n755);
and (n754,n32,n715);
and (n755,n756,n757);
not (n756,n30);
nand (n757,n758,n759);
or (n758,n27,n168);
or (n759,n167,n28);
nand (n760,n761,n784);
or (n761,n762,n776);
not (n762,n763);
and (n763,n764,n774);
nand (n764,n765,n770);
or (n765,n188,n766);
not (n766,n767);
nor (n767,n768,n769);
and (n768,n175,n195);
and (n769,n173,n36);
nand (n770,n771,n739);
nand (n771,n772,n773);
or (n772,n195,n168);
or (n773,n36,n167);
nor (n774,n775,n195);
and (n775,n168,n189);
not (n776,n777);
nand (n777,n778,n783);
not (n778,n779);
nand (n779,n780,n782);
or (n780,n188,n781);
not (n781,n736);
nand (n782,n767,n739);
nand (n783,n32,n168);
nand (n784,n785,n779);
not (n785,n783);
nor (n786,n749,n753);
nand (n787,n731,n732);
and (n788,n708,n727);
and (n789,n682,n704);
and (n790,n653,n678);
nand (n791,n792,n507);
or (n792,n793,n795);
not (n793,n794);
nand (n794,n549,n550);
not (n795,n796);
nand (n796,n548,n797);
nand (n797,n798,n800);
or (n798,n645,n799);
nand (n799,n590,n619);
nand (n800,n646,n647);
nand (n801,n509,n511);
not (n802,n803);
nand (n803,n804,n806);
or (n804,n402,n805);
nand (n805,n456,n503);
nand (n806,n403,n404);
or (n807,n398,n10);
not (n808,n809);
nand (n809,n810,n3);
not (n810,n4);
wire s0n811,s1n811,notn811;
or (n811,s0n811,s1n811);
not(notn811,n4);
and (s0n811,notn811,n812);
and (s1n811,n4,1'b0);
wire s0n812,s1n812,notn812;
or (n812,s0n812,s1n812);
not(notn812,n3);
and (s0n812,notn812,n5);
and (s1n812,n3,n813);
xor (n813,n814,n1345);
xor (n814,n815,n1342);
xor (n815,n816,n1341);
xor (n816,n817,n1332);
xor (n817,n818,n1331);
xor (n818,n819,n1316);
xor (n819,n820,n1315);
xor (n820,n821,n1295);
xor (n821,n822,n1294);
xor (n822,n823,n1267);
xor (n823,n824,n1266);
xor (n824,n825,n1234);
xor (n825,n826,n1233);
xor (n826,n827,n1196);
xor (n827,n828,n1195);
xor (n828,n829,n1151);
xor (n829,n830,n1150);
xor (n830,n831,n1099);
xor (n831,n832,n1098);
xor (n832,n833,n1042);
xor (n833,n834,n1041);
xor (n834,n835,n981);
xor (n835,n836,n980);
xor (n836,n837,n912);
xor (n837,n838,n911);
xor (n838,n839,n841);
xor (n839,n840,n196);
and (n840,n202,n189);
or (n841,n842,n845);
and (n842,n843,n844);
and (n843,n194,n189);
and (n844,n212,n36);
and (n845,n846,n847);
xor (n846,n843,n844);
or (n847,n848,n851);
and (n848,n849,n850);
and (n849,n212,n189);
and (n850,n45,n36);
and (n851,n852,n853);
xor (n852,n849,n850);
or (n853,n854,n857);
and (n854,n855,n856);
and (n855,n45,n189);
and (n856,n26,n36);
and (n857,n858,n859);
xor (n858,n855,n856);
or (n859,n860,n863);
and (n860,n861,n862);
and (n861,n26,n189);
and (n862,n125,n36);
and (n863,n864,n865);
xor (n864,n861,n862);
or (n865,n866,n869);
and (n866,n867,n868);
and (n867,n125,n189);
and (n868,n119,n36);
and (n869,n870,n871);
xor (n870,n867,n868);
or (n871,n872,n875);
and (n872,n873,n874);
and (n873,n119,n189);
and (n874,n72,n36);
and (n875,n876,n877);
xor (n876,n873,n874);
or (n877,n878,n880);
and (n878,n879,n581);
and (n879,n72,n189);
and (n880,n881,n882);
xor (n881,n879,n581);
or (n882,n883,n886);
and (n883,n884,n885);
and (n884,n54,n189);
and (n885,n98,n36);
and (n886,n887,n888);
xor (n887,n884,n885);
or (n888,n889,n891);
and (n889,n890,n668);
and (n890,n98,n189);
and (n891,n892,n893);
xor (n892,n890,n668);
or (n893,n894,n896);
and (n894,n895,n725);
and (n895,n92,n189);
and (n896,n897,n898);
xor (n897,n895,n725);
or (n898,n899,n901);
and (n899,n900,n738);
and (n900,n152,n189);
and (n901,n902,n903);
xor (n902,n900,n738);
or (n903,n904,n906);
and (n904,n905,n769);
and (n905,n145,n189);
and (n906,n907,n908);
xor (n907,n905,n769);
and (n908,n909,n910);
and (n909,n173,n189);
and (n910,n168,n36);
and (n911,n212,n35);
or (n912,n913,n916);
and (n913,n914,n915);
xor (n914,n846,n847);
and (n915,n45,n35);
and (n916,n917,n918);
xor (n917,n914,n915);
or (n918,n919,n922);
and (n919,n920,n921);
xor (n920,n852,n853);
and (n921,n26,n35);
and (n922,n923,n924);
xor (n923,n920,n921);
or (n924,n925,n928);
and (n925,n926,n927);
xor (n926,n858,n859);
and (n927,n125,n35);
and (n928,n929,n930);
xor (n929,n926,n927);
or (n930,n931,n934);
and (n931,n932,n933);
xor (n932,n864,n865);
and (n933,n119,n35);
and (n934,n935,n936);
xor (n935,n932,n933);
or (n936,n937,n940);
and (n937,n938,n939);
xor (n938,n870,n871);
and (n939,n72,n35);
and (n940,n941,n942);
xor (n941,n938,n939);
or (n942,n943,n946);
and (n943,n944,n945);
xor (n944,n876,n877);
and (n945,n54,n35);
and (n946,n947,n948);
xor (n947,n944,n945);
or (n948,n949,n952);
and (n949,n950,n951);
xor (n950,n881,n882);
and (n951,n98,n35);
and (n952,n953,n954);
xor (n953,n950,n951);
or (n954,n955,n958);
and (n955,n956,n957);
xor (n956,n887,n888);
and (n957,n92,n35);
and (n958,n959,n960);
xor (n959,n956,n957);
or (n960,n961,n964);
and (n961,n962,n963);
xor (n962,n892,n893);
and (n963,n152,n35);
and (n964,n965,n966);
xor (n965,n962,n963);
or (n966,n967,n970);
and (n967,n968,n969);
xor (n968,n897,n898);
and (n969,n145,n35);
and (n970,n971,n972);
xor (n971,n968,n969);
or (n972,n973,n976);
and (n973,n974,n975);
xor (n974,n902,n903);
and (n975,n173,n35);
and (n976,n977,n978);
xor (n977,n974,n975);
and (n978,n979,n744);
xor (n979,n907,n908);
and (n980,n45,n28);
or (n981,n982,n984);
and (n982,n983,n29);
xor (n983,n917,n918);
and (n984,n985,n986);
xor (n985,n983,n29);
or (n986,n987,n990);
and (n987,n988,n989);
xor (n988,n923,n924);
and (n989,n125,n28);
and (n990,n991,n992);
xor (n991,n988,n989);
or (n992,n993,n996);
and (n993,n994,n995);
xor (n994,n929,n930);
and (n995,n119,n28);
and (n996,n997,n998);
xor (n997,n994,n995);
or (n998,n999,n1002);
and (n999,n1000,n1001);
xor (n1000,n935,n936);
and (n1001,n72,n28);
and (n1002,n1003,n1004);
xor (n1003,n1000,n1001);
or (n1004,n1005,n1008);
and (n1005,n1006,n1007);
xor (n1006,n941,n942);
and (n1007,n54,n28);
and (n1008,n1009,n1010);
xor (n1009,n1006,n1007);
or (n1010,n1011,n1014);
and (n1011,n1012,n1013);
xor (n1012,n947,n948);
and (n1013,n98,n28);
and (n1014,n1015,n1016);
xor (n1015,n1012,n1013);
or (n1016,n1017,n1020);
and (n1017,n1018,n1019);
xor (n1018,n953,n954);
and (n1019,n92,n28);
and (n1020,n1021,n1022);
xor (n1021,n1018,n1019);
or (n1022,n1023,n1026);
and (n1023,n1024,n1025);
xor (n1024,n959,n960);
and (n1025,n152,n28);
and (n1026,n1027,n1028);
xor (n1027,n1024,n1025);
or (n1028,n1029,n1031);
and (n1029,n1030,n690);
xor (n1030,n965,n966);
and (n1031,n1032,n1033);
xor (n1032,n1030,n690);
or (n1033,n1034,n1036);
and (n1034,n1035,n717);
xor (n1035,n971,n972);
and (n1036,n1037,n1038);
xor (n1037,n1035,n717);
and (n1038,n1039,n1040);
xor (n1039,n977,n978);
and (n1040,n168,n28);
and (n1041,n26,n111);
or (n1042,n1043,n1046);
and (n1043,n1044,n1045);
xor (n1044,n985,n986);
and (n1045,n125,n111);
and (n1046,n1047,n1048);
xor (n1047,n1044,n1045);
or (n1048,n1049,n1052);
and (n1049,n1050,n1051);
xor (n1050,n991,n992);
and (n1051,n119,n111);
and (n1052,n1053,n1054);
xor (n1053,n1050,n1051);
or (n1054,n1055,n1058);
and (n1055,n1056,n1057);
xor (n1056,n997,n998);
and (n1057,n72,n111);
and (n1058,n1059,n1060);
xor (n1059,n1056,n1057);
or (n1060,n1061,n1064);
and (n1061,n1062,n1063);
xor (n1062,n1003,n1004);
and (n1063,n54,n111);
and (n1064,n1065,n1066);
xor (n1065,n1062,n1063);
or (n1066,n1067,n1070);
and (n1067,n1068,n1069);
xor (n1068,n1009,n1010);
and (n1069,n98,n111);
and (n1070,n1071,n1072);
xor (n1071,n1068,n1069);
or (n1072,n1073,n1076);
and (n1073,n1074,n1075);
xor (n1074,n1015,n1016);
and (n1075,n92,n111);
and (n1076,n1077,n1078);
xor (n1077,n1074,n1075);
or (n1078,n1079,n1082);
and (n1079,n1080,n1081);
xor (n1080,n1021,n1022);
and (n1081,n152,n111);
and (n1082,n1083,n1084);
xor (n1083,n1080,n1081);
or (n1084,n1085,n1088);
and (n1085,n1086,n1087);
xor (n1086,n1027,n1028);
and (n1087,n145,n111);
and (n1088,n1089,n1090);
xor (n1089,n1086,n1087);
or (n1090,n1091,n1094);
and (n1091,n1092,n1093);
xor (n1092,n1032,n1033);
and (n1093,n173,n111);
and (n1094,n1095,n1096);
xor (n1095,n1092,n1093);
and (n1096,n1097,n674);
xor (n1097,n1037,n1038);
and (n1098,n125,n66);
or (n1099,n1100,n1103);
and (n1100,n1101,n1102);
xor (n1101,n1047,n1048);
and (n1102,n119,n66);
and (n1103,n1104,n1105);
xor (n1104,n1101,n1102);
or (n1105,n1106,n1109);
and (n1106,n1107,n1108);
xor (n1107,n1053,n1054);
and (n1108,n72,n66);
and (n1109,n1110,n1111);
xor (n1110,n1107,n1108);
or (n1111,n1112,n1115);
and (n1112,n1113,n1114);
xor (n1113,n1059,n1060);
and (n1114,n54,n66);
and (n1115,n1116,n1117);
xor (n1116,n1113,n1114);
or (n1117,n1118,n1121);
and (n1118,n1119,n1120);
xor (n1119,n1065,n1066);
and (n1120,n98,n66);
and (n1121,n1122,n1123);
xor (n1122,n1119,n1120);
or (n1123,n1124,n1127);
and (n1124,n1125,n1126);
xor (n1125,n1071,n1072);
and (n1126,n92,n66);
and (n1127,n1128,n1129);
xor (n1128,n1125,n1126);
or (n1129,n1130,n1133);
and (n1130,n1131,n1132);
xor (n1131,n1077,n1078);
and (n1132,n152,n66);
and (n1133,n1134,n1135);
xor (n1134,n1131,n1132);
or (n1135,n1136,n1139);
and (n1136,n1137,n1138);
xor (n1137,n1083,n1084);
and (n1138,n145,n66);
and (n1139,n1140,n1141);
xor (n1140,n1137,n1138);
or (n1141,n1142,n1145);
and (n1142,n1143,n1144);
xor (n1143,n1089,n1090);
and (n1144,n173,n66);
and (n1145,n1146,n1147);
xor (n1146,n1143,n1144);
and (n1147,n1148,n1149);
xor (n1148,n1095,n1096);
and (n1149,n168,n66);
and (n1150,n119,n60);
or (n1151,n1152,n1155);
and (n1152,n1153,n1154);
xor (n1153,n1104,n1105);
and (n1154,n72,n60);
and (n1155,n1156,n1157);
xor (n1156,n1153,n1154);
or (n1157,n1158,n1161);
and (n1158,n1159,n1160);
xor (n1159,n1110,n1111);
and (n1160,n54,n60);
and (n1161,n1162,n1163);
xor (n1162,n1159,n1160);
or (n1163,n1164,n1167);
and (n1164,n1165,n1166);
xor (n1165,n1116,n1117);
and (n1166,n98,n60);
and (n1167,n1168,n1169);
xor (n1168,n1165,n1166);
or (n1169,n1170,n1173);
and (n1170,n1171,n1172);
xor (n1171,n1122,n1123);
and (n1172,n92,n60);
and (n1173,n1174,n1175);
xor (n1174,n1171,n1172);
or (n1175,n1176,n1179);
and (n1176,n1177,n1178);
xor (n1177,n1128,n1129);
and (n1178,n152,n60);
and (n1179,n1180,n1181);
xor (n1180,n1177,n1178);
or (n1181,n1182,n1185);
and (n1182,n1183,n1184);
xor (n1183,n1134,n1135);
and (n1184,n145,n60);
and (n1185,n1186,n1187);
xor (n1186,n1183,n1184);
or (n1187,n1188,n1191);
and (n1188,n1189,n1190);
xor (n1189,n1140,n1141);
and (n1190,n173,n60);
and (n1191,n1192,n1193);
xor (n1192,n1189,n1190);
and (n1193,n1194,n574);
xor (n1194,n1146,n1147);
and (n1195,n72,n52);
or (n1196,n1197,n1200);
and (n1197,n1198,n1199);
xor (n1198,n1156,n1157);
and (n1199,n54,n52);
and (n1200,n1201,n1202);
xor (n1201,n1198,n1199);
or (n1202,n1203,n1206);
and (n1203,n1204,n1205);
xor (n1204,n1162,n1163);
and (n1205,n98,n52);
and (n1206,n1207,n1208);
xor (n1207,n1204,n1205);
or (n1208,n1209,n1212);
and (n1209,n1210,n1211);
xor (n1210,n1168,n1169);
and (n1211,n92,n52);
and (n1212,n1213,n1214);
xor (n1213,n1210,n1211);
or (n1214,n1215,n1217);
and (n1215,n1216,n426);
xor (n1216,n1174,n1175);
and (n1217,n1218,n1219);
xor (n1218,n1216,n426);
or (n1219,n1220,n1222);
and (n1220,n1221,n484);
xor (n1221,n1180,n1181);
and (n1222,n1223,n1224);
xor (n1223,n1221,n484);
or (n1224,n1225,n1228);
and (n1225,n1226,n1227);
xor (n1226,n1186,n1187);
and (n1227,n173,n52);
and (n1228,n1229,n1230);
xor (n1229,n1226,n1227);
and (n1230,n1231,n1232);
xor (n1231,n1192,n1193);
and (n1232,n168,n52);
and (n1233,n54,n80);
or (n1234,n1235,n1238);
and (n1235,n1236,n1237);
xor (n1236,n1201,n1202);
and (n1237,n98,n80);
and (n1238,n1239,n1240);
xor (n1239,n1236,n1237);
or (n1240,n1241,n1244);
and (n1241,n1242,n1243);
xor (n1242,n1207,n1208);
and (n1243,n92,n80);
and (n1244,n1245,n1246);
xor (n1245,n1242,n1243);
or (n1246,n1247,n1250);
and (n1247,n1248,n1249);
xor (n1248,n1213,n1214);
and (n1249,n152,n80);
and (n1250,n1251,n1252);
xor (n1251,n1248,n1249);
or (n1252,n1253,n1256);
and (n1253,n1254,n1255);
xor (n1254,n1218,n1219);
and (n1255,n145,n80);
and (n1256,n1257,n1258);
xor (n1257,n1254,n1255);
or (n1258,n1259,n1262);
and (n1259,n1260,n1261);
xor (n1260,n1223,n1224);
and (n1261,n173,n80);
and (n1262,n1263,n1264);
xor (n1263,n1260,n1261);
and (n1264,n1265,n470);
xor (n1265,n1229,n1230);
and (n1266,n98,n82);
or (n1267,n1268,n1271);
and (n1268,n1269,n1270);
xor (n1269,n1239,n1240);
and (n1270,n92,n82);
and (n1271,n1272,n1273);
xor (n1272,n1269,n1270);
or (n1273,n1274,n1277);
and (n1274,n1275,n1276);
xor (n1275,n1245,n1246);
and (n1276,n152,n82);
and (n1277,n1278,n1279);
xor (n1278,n1275,n1276);
or (n1279,n1280,n1283);
and (n1280,n1281,n1282);
xor (n1281,n1251,n1252);
and (n1282,n145,n82);
and (n1283,n1284,n1285);
xor (n1284,n1281,n1282);
or (n1285,n1286,n1289);
and (n1286,n1287,n1288);
xor (n1287,n1257,n1258);
and (n1288,n173,n82);
and (n1289,n1290,n1291);
xor (n1290,n1287,n1288);
and (n1291,n1292,n1293);
xor (n1292,n1263,n1264);
and (n1293,n168,n82);
and (n1294,n92,n136);
or (n1295,n1296,n1299);
and (n1296,n1297,n1298);
xor (n1297,n1272,n1273);
and (n1298,n152,n136);
and (n1299,n1300,n1301);
xor (n1300,n1297,n1298);
or (n1301,n1302,n1305);
and (n1302,n1303,n1304);
xor (n1303,n1278,n1279);
and (n1304,n145,n136);
and (n1305,n1306,n1307);
xor (n1306,n1303,n1304);
or (n1307,n1308,n1311);
and (n1308,n1309,n1310);
xor (n1309,n1284,n1285);
and (n1310,n173,n136);
and (n1311,n1312,n1313);
xor (n1312,n1309,n1310);
and (n1313,n1314,n338);
xor (n1314,n1290,n1291);
and (n1315,n152,n140);
or (n1316,n1317,n1320);
and (n1317,n1318,n1319);
xor (n1318,n1300,n1301);
and (n1319,n145,n140);
and (n1320,n1321,n1322);
xor (n1321,n1318,n1319);
or (n1322,n1323,n1326);
and (n1323,n1324,n1325);
xor (n1324,n1306,n1307);
and (n1325,n173,n140);
and (n1326,n1327,n1328);
xor (n1327,n1324,n1325);
and (n1328,n1329,n1330);
xor (n1329,n1312,n1313);
and (n1330,n168,n140);
and (n1331,n145,n160);
or (n1332,n1333,n1336);
and (n1333,n1334,n1335);
xor (n1334,n1321,n1322);
and (n1335,n173,n160);
and (n1336,n1337,n1338);
xor (n1337,n1334,n1335);
and (n1338,n1339,n1340);
xor (n1339,n1327,n1328);
not (n1340,n256);
and (n1341,n173,n164);
and (n1342,n1343,n1344);
xor (n1343,n1337,n1338);
and (n1344,n168,n164);
not (n1345,n1346);
nand (n1346,n168,n183);
endmodule